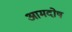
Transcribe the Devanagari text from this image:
आमदोष